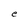
Character: e